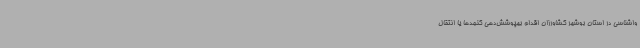
واشناسی در استان بوشهر کشاورزان اقدام بهپوشش‌دهی کنجدها یا انتقال